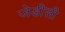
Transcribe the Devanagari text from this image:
जेडीसी